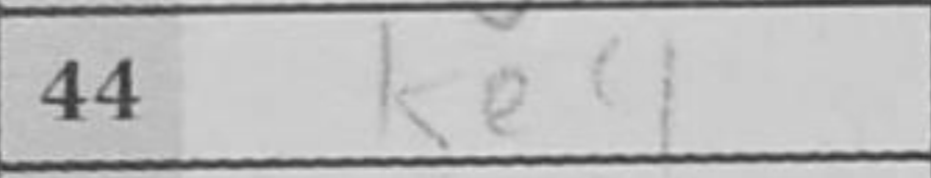
Transcription: Ke4